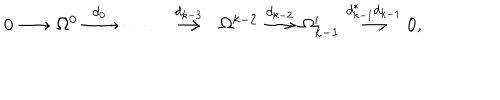
\begin{array} { c c c c c c c c c c c c c } { { 0 \! \! \! } } & { { \! \stackrel { } { \longrightarrow } \! \! \! } } & { { \! \Omega ^ { 0 } \! \! \! } } & { { \! \stackrel { d _ { 0 } } { \longrightarrow } \! \! \! } } & { { \cdots \! \! \! } } & { { \! } } & { { \stackrel { d _ { k - 3 } } { \longrightarrow } } } & { { \! \Omega ^ { k - 2 } \! \! \! } } & { { \! \stackrel { d _ { k - 2 } } { \longrightarrow } \! \! \! } } & { { \! \Omega _ { k - 1 } ^ { \prime } \! \! \! } } & { { \! \stackrel { d _ { k - 1 } ^ { * } d _ { k - 1 } } { \longrightarrow } \! \! \! } } & { { \! 0 , \! \! \! } } & { { } } \\ \end{array}